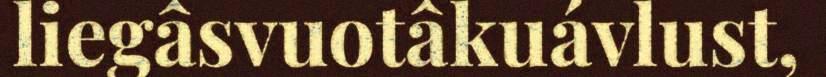
liegâsvuotâkuávlust,